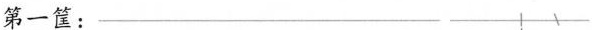
第一筐：___ ___